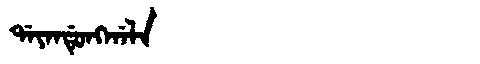
Manchu: ᡩᠠᠶᠠᠨᡩᡠᠩᡤᠠᠯᠠ
Romanization: DAYANDUNGGALA